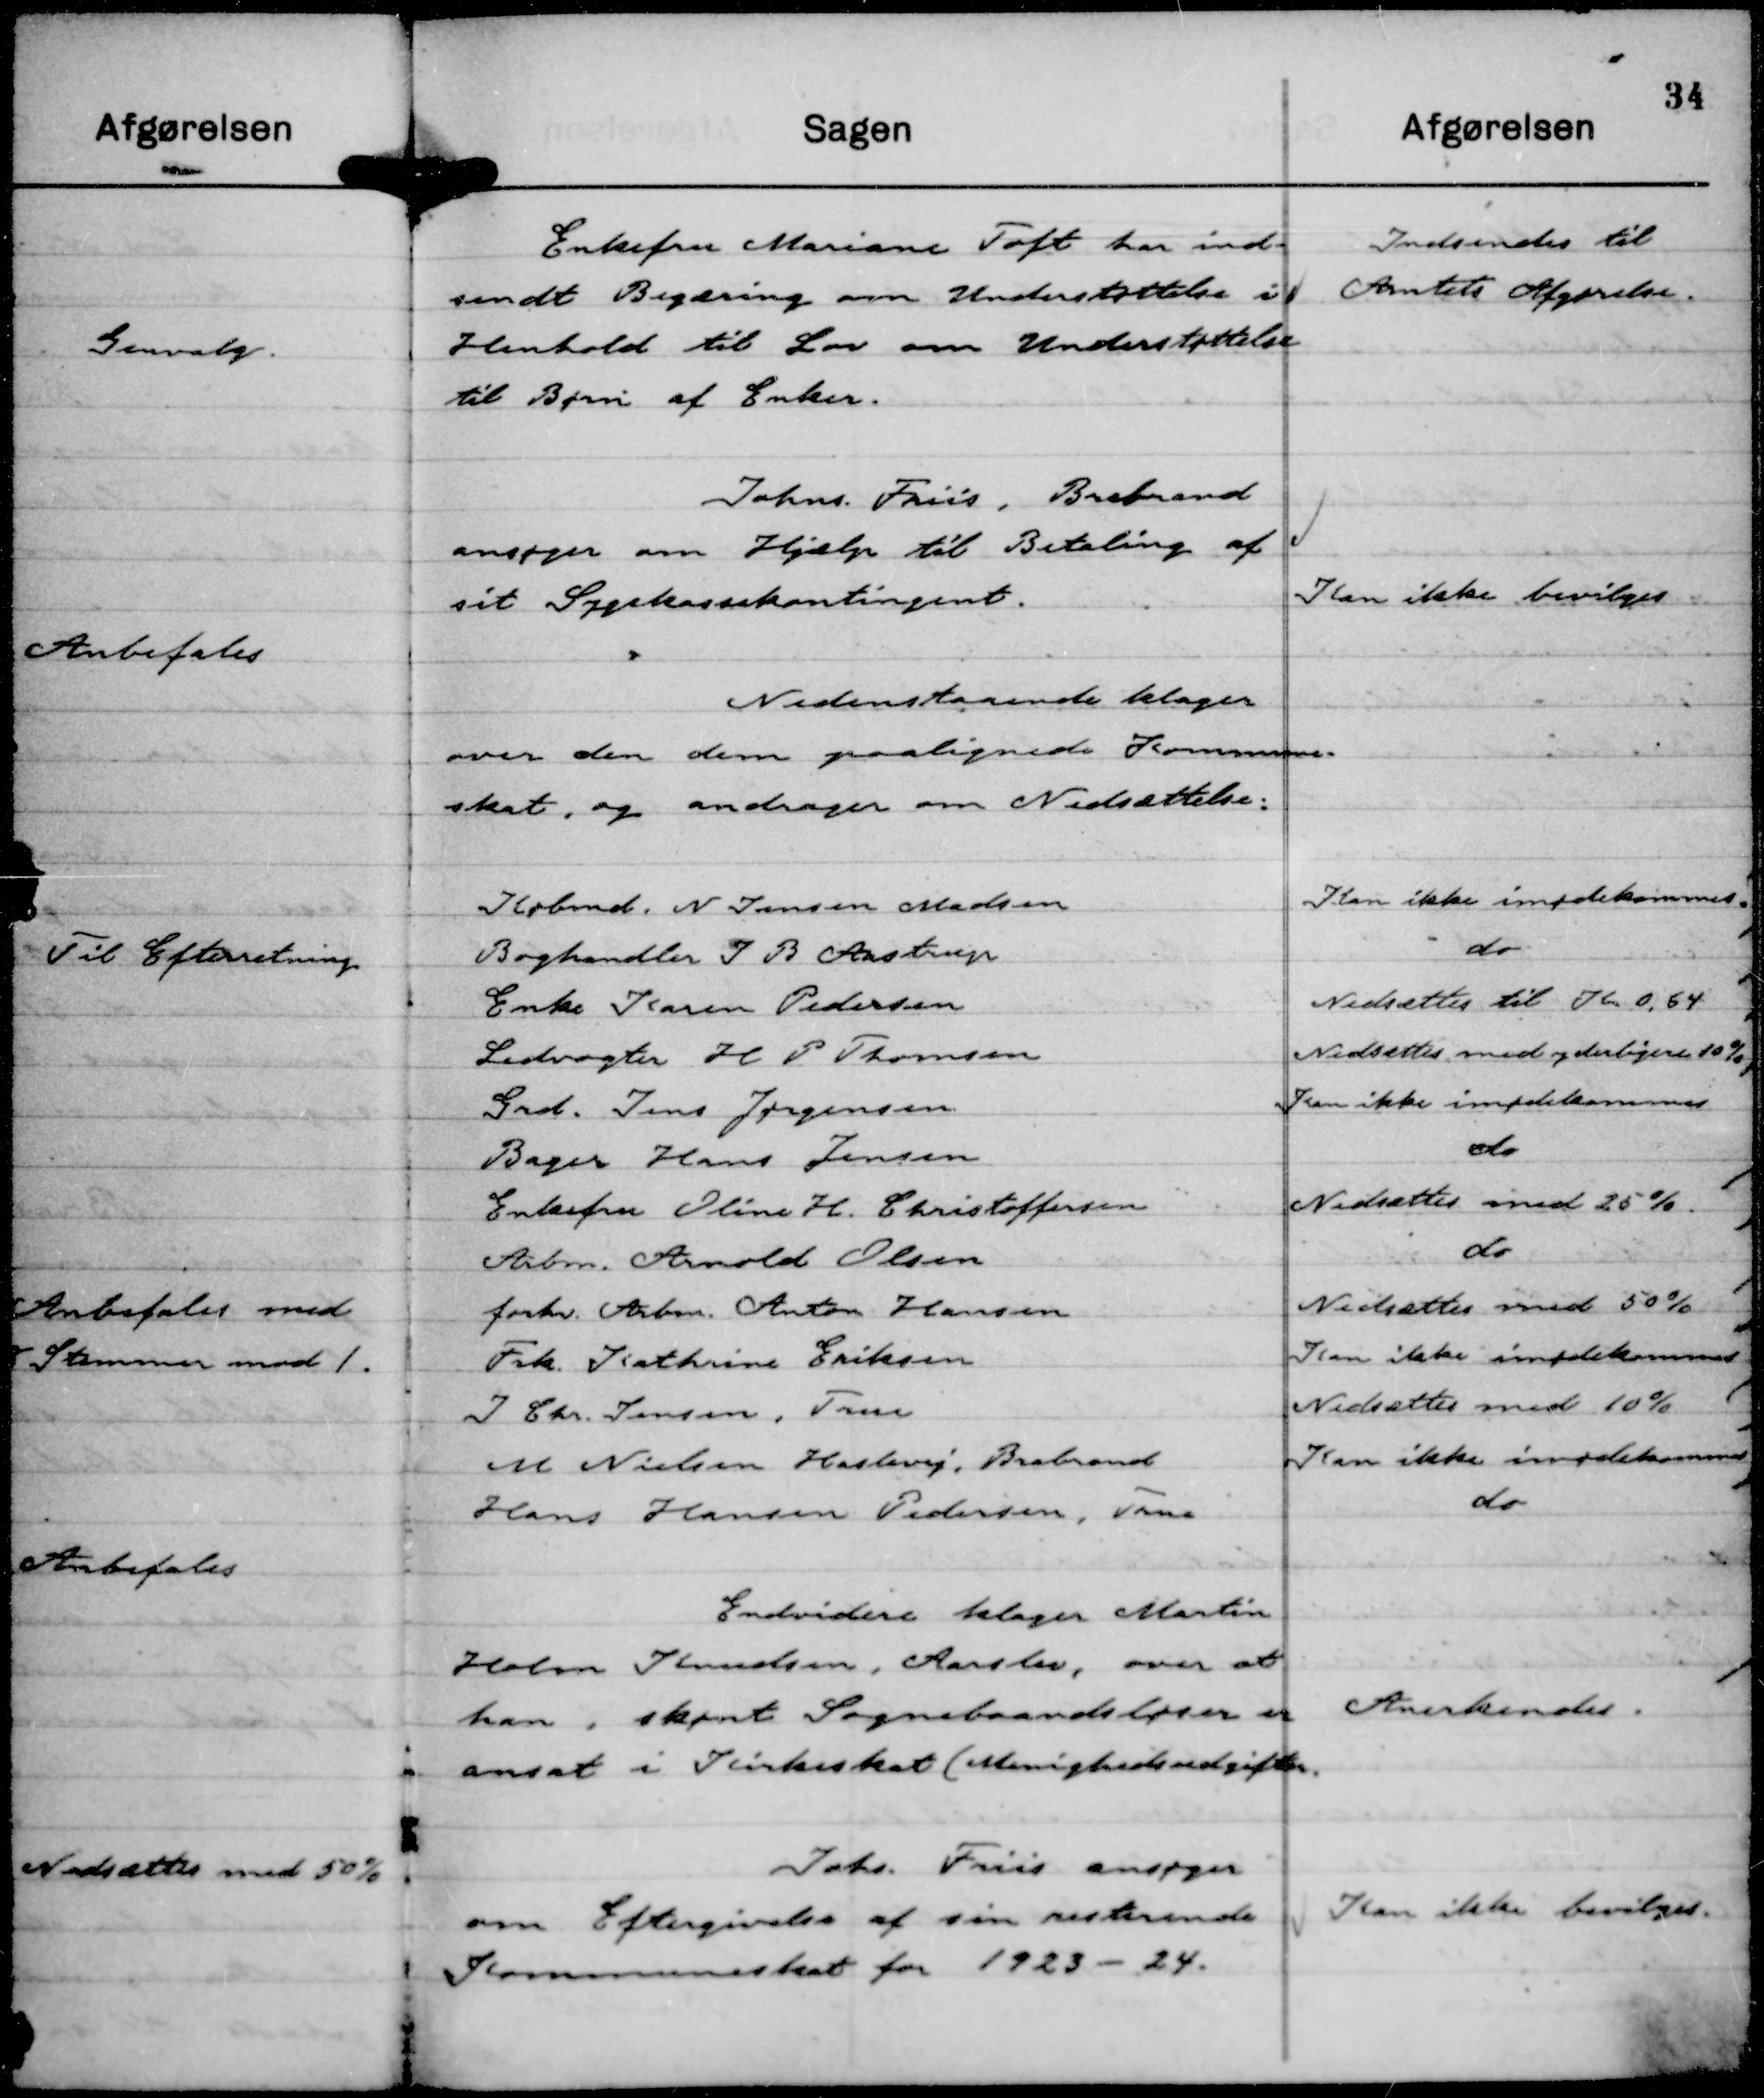
Transskription:
Enkefru Mariane Toft har ind-
sendt Begæring om Understøttelse i
Henhold til Lov om Understøttelse
til Børn af Enker.

Indsendes til
Amtets Afgørelse.

Johns. Friis, Brabrand
ansøger om Hjælp til Betaling af
sit Sygekassekontingent.

Kan ikke bevilges

Endvidere klager Martin
Holm Knudsen, Aarslev. over at
han, skønt Sognebaandsløser er
ansat i Kirkeskat ( Menighedsudgifter.

Anerkendes.

Johs. Friis ansøger
om Eftergivelse af sin resterende
Kommuneskat for 1923-24.

Kan ikke bevilges.